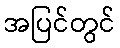
အပြင်တွင်